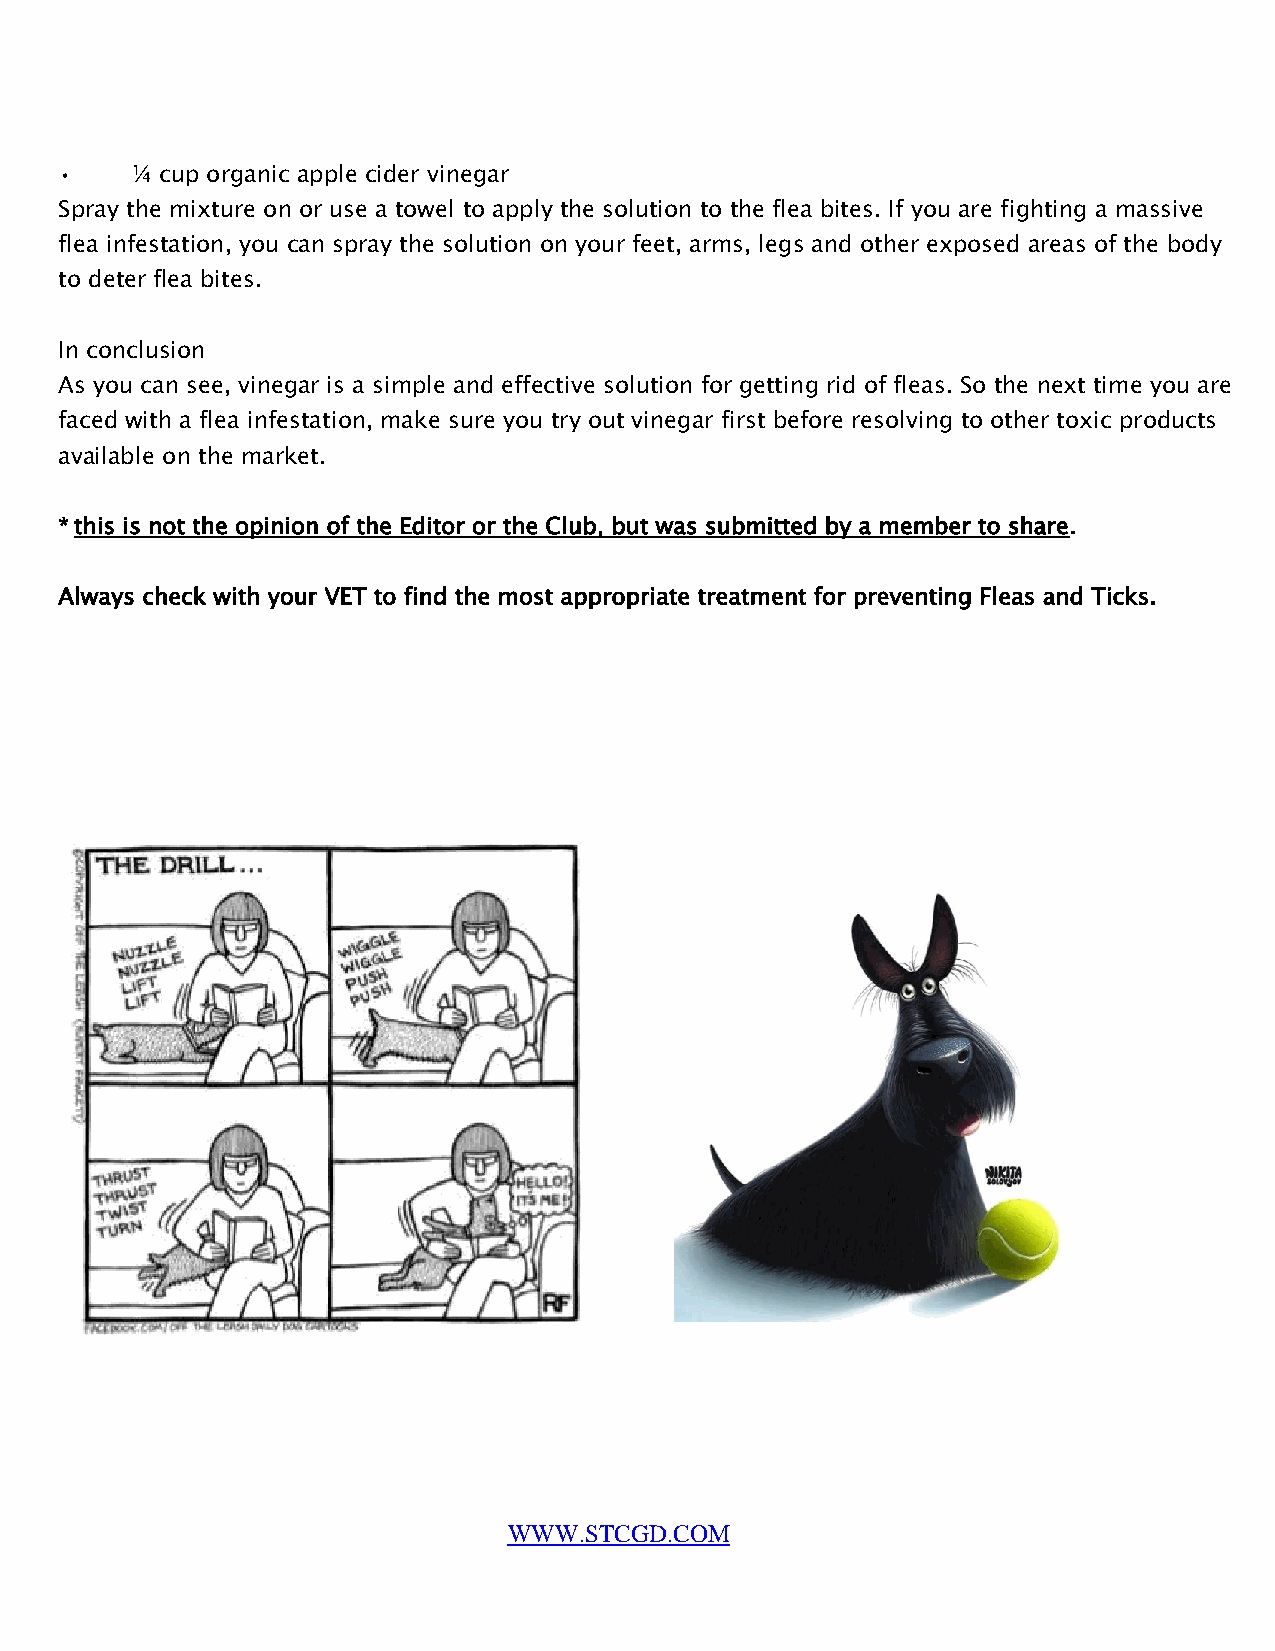
•    ¼ cup organic apple cider vinegar
 Spray the mixture on or use a towel to apply the solution to the flea bites. If you are fighting a massive
 flea infestation, you can spray the solution on your feet, arms, legs and other exposed areas of the body
 to deter flea bites.
 In conclusion
 As you can see, vinegar is a simple and effective solution for getting rid of fleas. So the next time you are
 faced with a flea infestation, make sure you try out vinegar first before resolving to other toxic products
 available on the market.
 * this is not the opinion of the Editor or the Club, but was submitted by a member to share.
 Always check with your VET to find the most appropriate treatment for preventing Fleas and Ticks.
 WWW.STCGD.COM